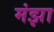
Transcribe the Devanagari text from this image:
मंझा